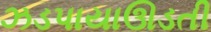
ઝડપાયાઊડતી